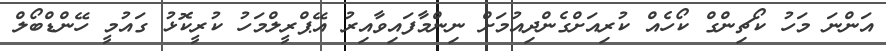
އަންނަ މަހު ކޯޗިންގް ކޯހެއް ކުރިއަށްގެންދިއުމަށް ނިންމާފައިވާއިރު އޭޕްރީލްމަހު ކުރީކޮޅު ގައުމީ ހޭންޑްބޯލް